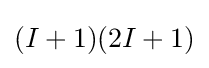
(I+1)(2I+1)